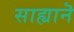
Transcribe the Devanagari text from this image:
साह्यानॆ